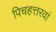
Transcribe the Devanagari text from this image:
पिचहत्तरवां